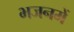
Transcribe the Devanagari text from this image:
भजनमें